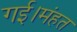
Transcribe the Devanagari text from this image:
गई।मंहत